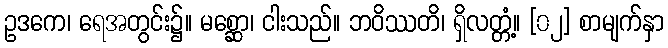
ဥဒကေ၊ ရေအတွင်း၌။ မစ္ဆော၊ ငါးသည်။ ဘဝိဿတိ၊ ရှိလတ္တံ့။ [၀၂] စာမျက်နှာ